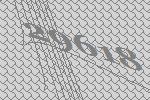
29618